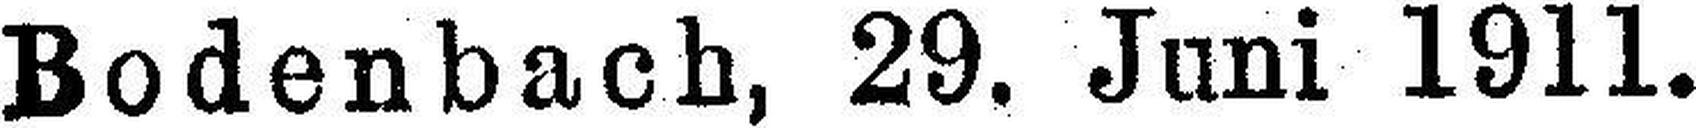
Bodenbach, 29. Juni 1911.